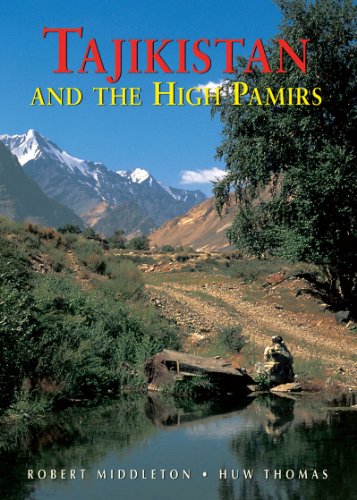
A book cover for Tajikistan and the High Pamirs: A Companion and Guide (Second Edition)  (Odyssey Illustrated Guides); Robert Middleton; Travel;